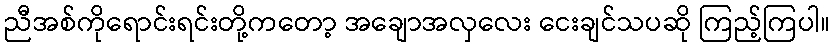
ညီအစ်ကိုရောင်းရင်းတို့ကတော့ အချောအလှလေး ငေးချင်သပဆို ကြည့်ကြပါ။